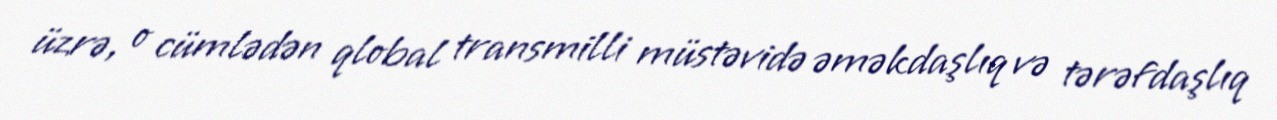
üzrə, o cümlədən qlobal transmilli müstəvidə əməkdaşlıq və tərəfdaşlıq